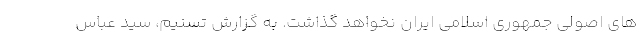
های اصولی جمهوری اسلامی ایران نخواهد گذاشت. به گزارش تسنیم، سید عباس